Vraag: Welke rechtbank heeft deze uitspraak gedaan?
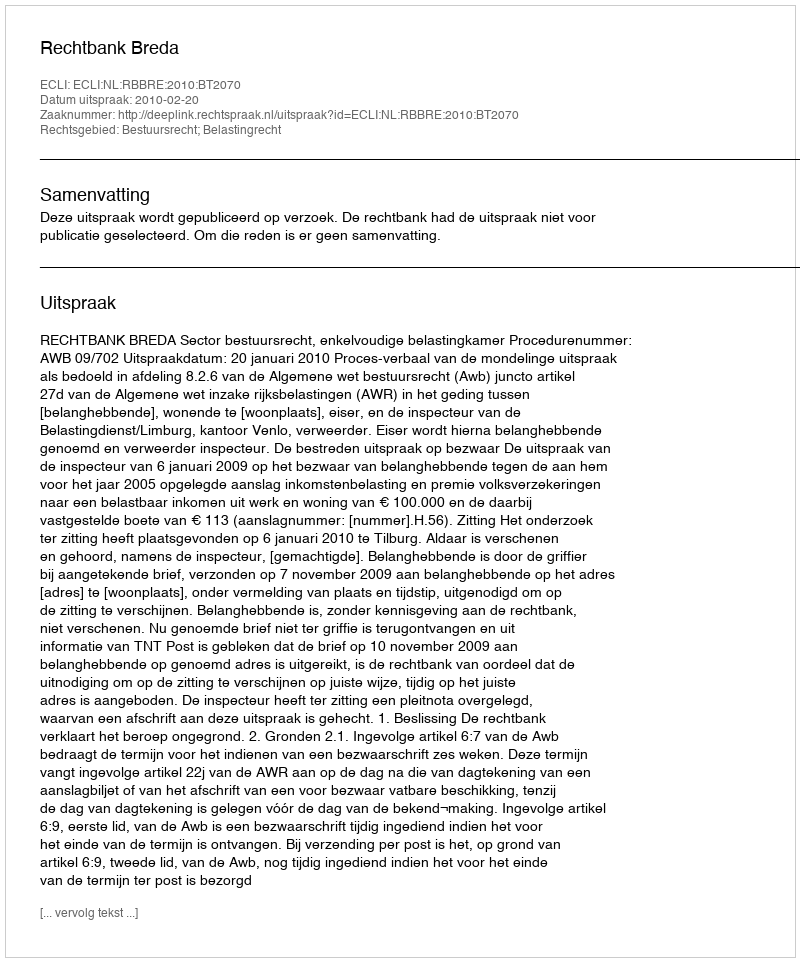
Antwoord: Rechtbank Breda